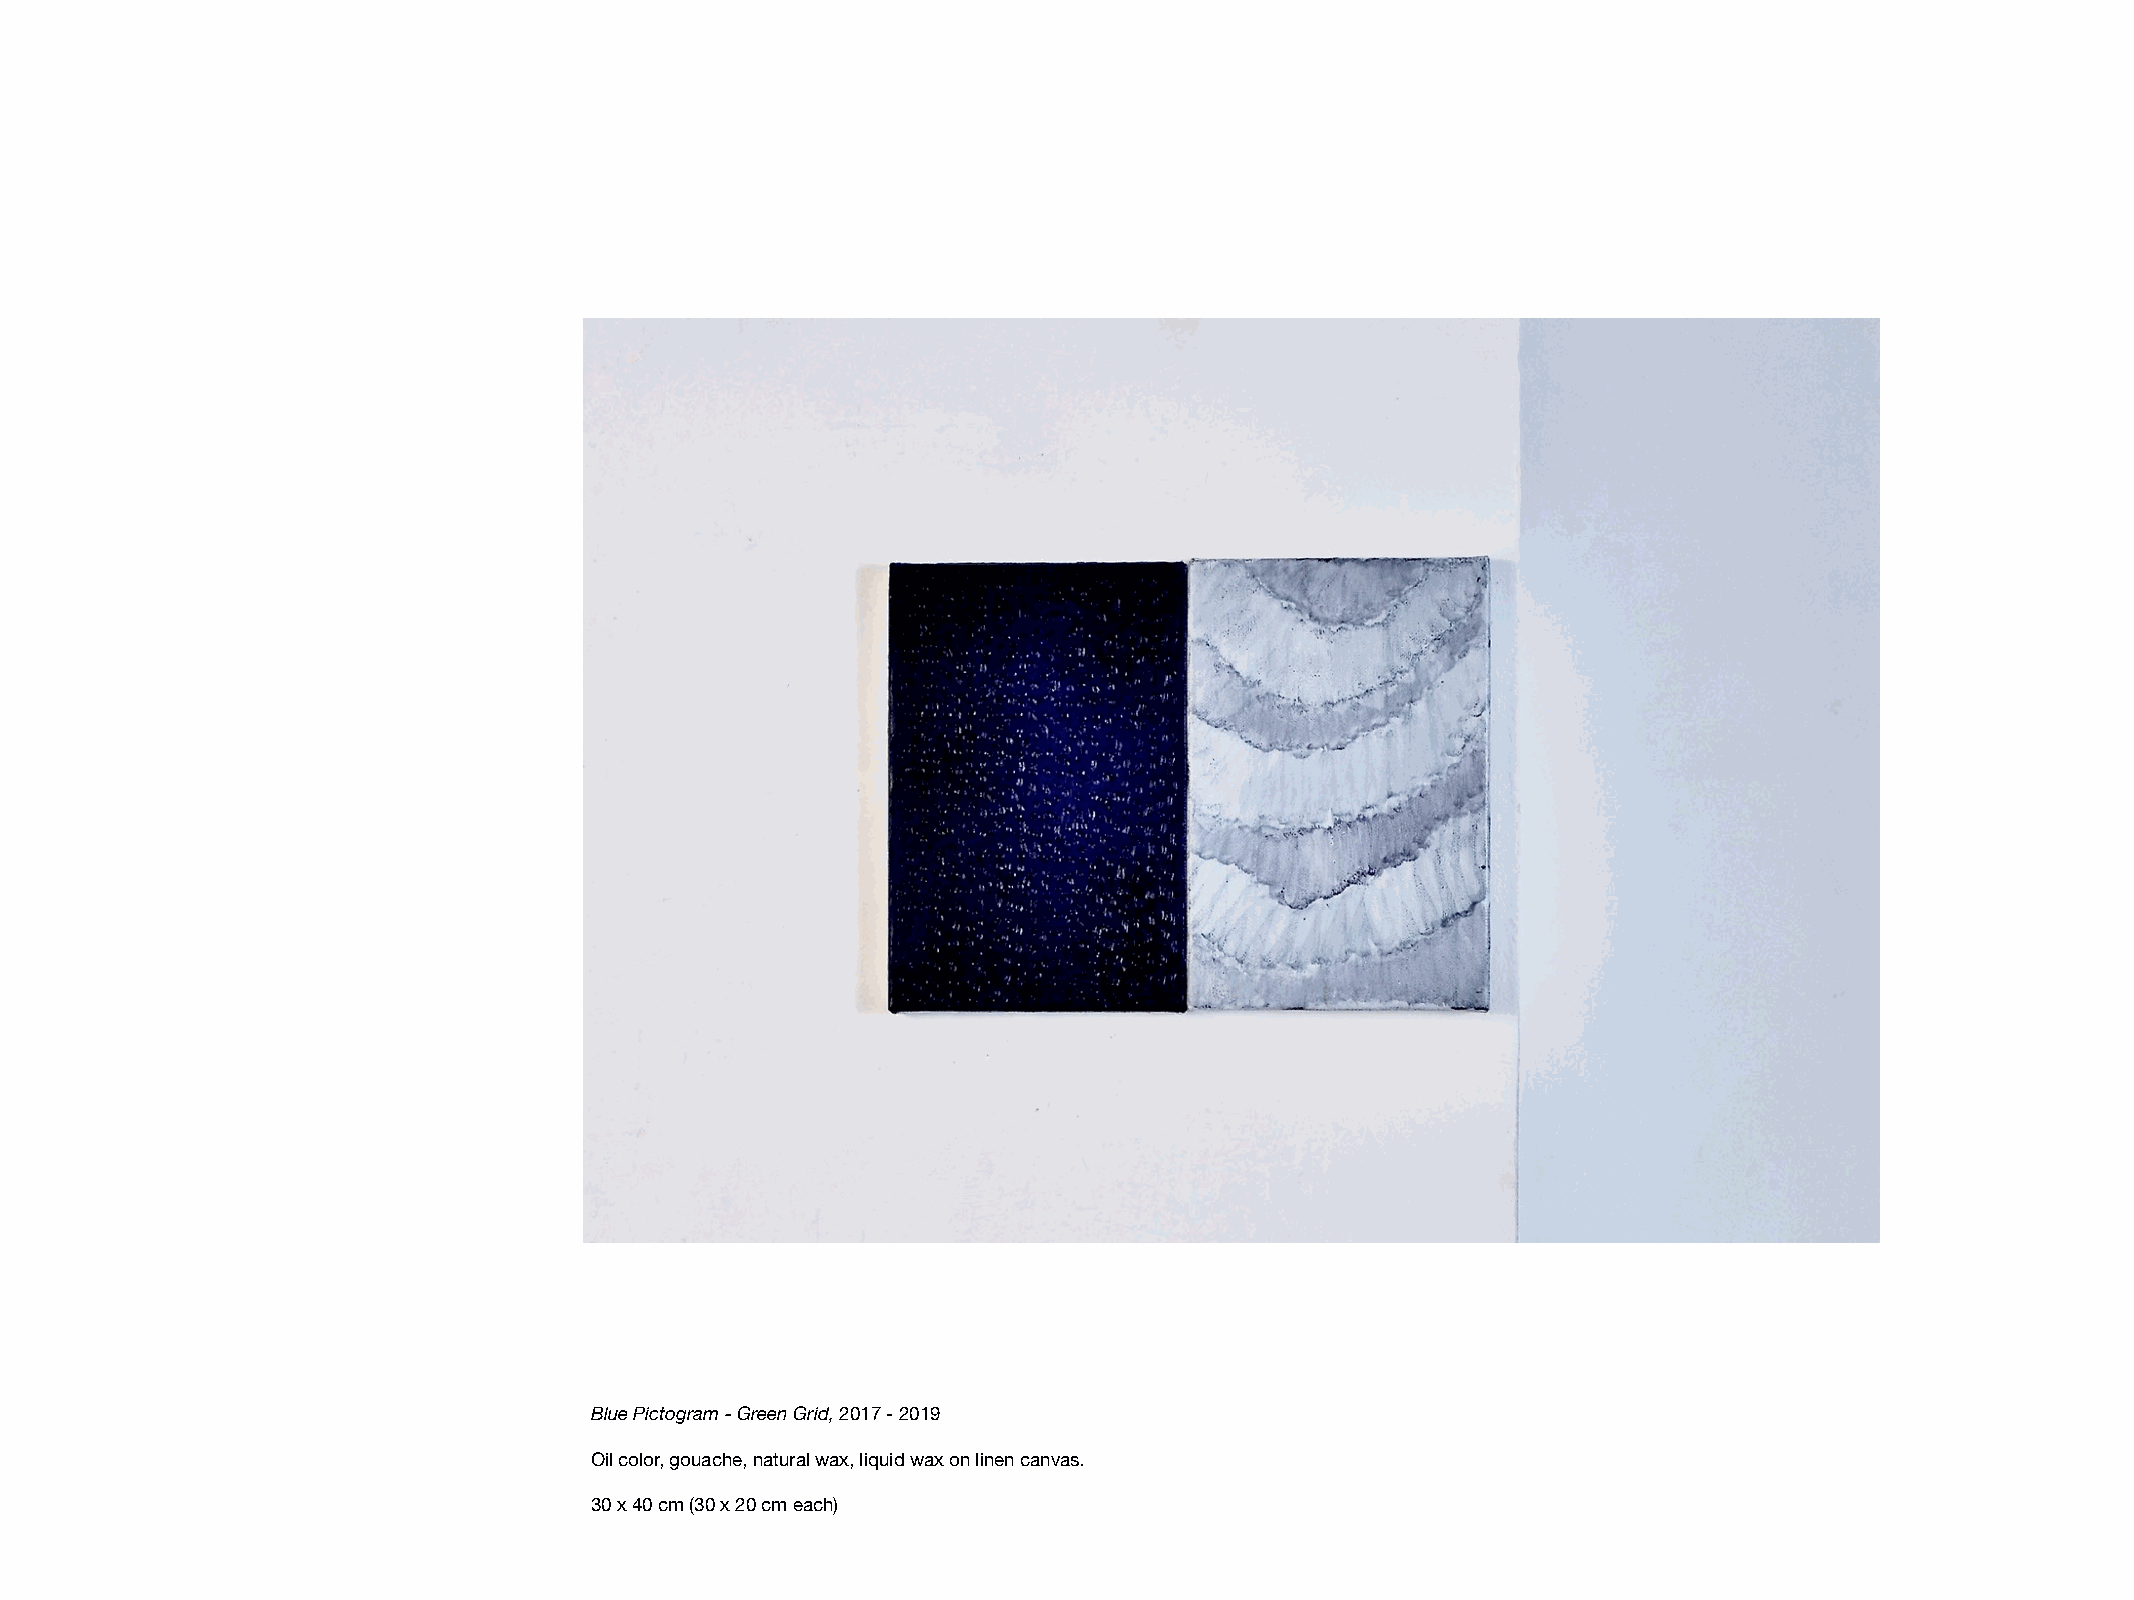
Blue Pictogram - Green Grid, 2017 - 2019
 Oil color, gouache, natural wax, liquid wax on linen canvas.
 30 x 40 cm (30 x 20 cm each)